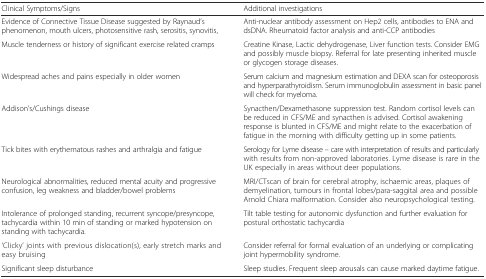
<table><thead><tr><td><b>Clinical Symptoms/Signs</b></td><td><b>Additional investigations</b></td></tr></thead><tbody><tr><td>Evidence of Connective Tissue Disease suggested by Raynaud’s phenomenon, mouth ulcers, photosensitive rash, serositis, synovitis,</td><td>Anti-nuclear antibody assessment on Hep2 cells, antibodies to ENA and dsDNA. Rheumatoid factor analysis and anti-CCP antibodies</td></tr><tr><td>Muscle tenderness or history of significant exercise related cramps</td><td>Creatine Kinase, Lactic dehydrogenase, Liver function tests. Consider EMG and possibly muscle biopsy. Referral for late presenting inherited muscle or glycogen storage diseases.</td></tr><tr><td>Widespread aches and pains especially in older women</td><td>Serum calcium and magnesium estimation and DEXA scan for osteoporosis and hyperparathyroidism. Serum immunoglobulin assessment in basic panel will check for myeloma.</td></tr><tr><td>Addison’s/Cushings disease</td><td>Synacthen/Dexamethasone suppression test. Random cortisol levels can be reduced in CFS/ME and synacthen is advised. Cortisol awakening response is blunted in CFS/ME and might relate to the exacerbation of fatigue in the morning with difficulty getting up in some patients.</td></tr><tr><td>Tick bites with erythematous rashes and arthralgia and fatigue</td><td>Serology for Lyme disease – care with interpretation of results and particularly with results from non-approved laboratories. Lyme disease is rare in the UK especially in areas without deer populations.</td></tr><tr><td>Neurological abnormalities, reduced mental acuity and progressive confusion, leg weakness and bladder/bowel problems</td><td>MRI/CTscan of brain for cerebral atrophy, ischaemic areas, plaques of demyelination, tumours in frontal lobes/para-saggital area and possible Arnold Chiara malformation. Consider also neuropsychological testing.</td></tr><tr><td>Intolerance of prolonged standing, recurrent syncope/presyncope, tachycardia within 10 min of standing or marked hypotension on standing with tachycardia.</td><td>Tilt table testing for autonomic dysfunction and further evaluation for postural orthostatic tachycardia</td></tr><tr><td>‘Clicky’ joints with previous dislocation(s), early stretch marks and easy bruising</td><td>Consider referral for formal evaluation of an underlying or complicating joint hypermobility syndrome.</td></tr><tr><td>Significant sleep disturbance</td><td>Sleep studies. Frequent sleep arousals can cause marked daytime fatigue.</td></tr></tbody></table>